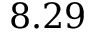
8 . 2 9